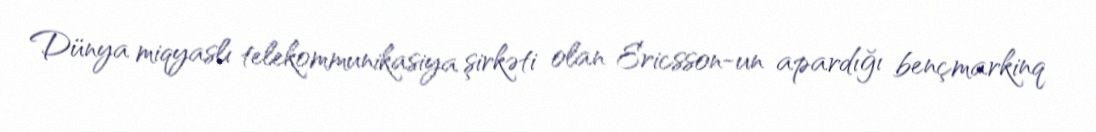
Dünya miqyaslı telekommunikasiya şirkəti olan Ericsson-un apardığı bençmarkinq